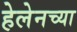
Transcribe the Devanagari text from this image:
हेलेनच्या